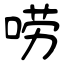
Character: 唠